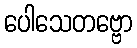
ပေါသေတဗ္ဗော